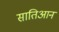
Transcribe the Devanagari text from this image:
सातिआन